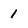
Character: 1